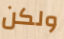
ولكن